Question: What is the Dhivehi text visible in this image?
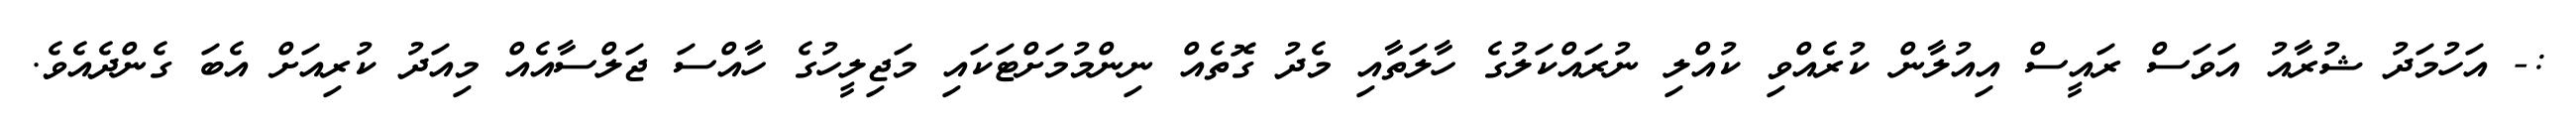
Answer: :- އަހުމަދު ޝުރާއު އަވަސް ރައީސް އިއުލާން ކުރެއްވި ކުއްލި ނުރައްކަލުގެ ހާލަތާއި މެދު ގޮތެއް ނިންމުމަށްޓަކައި މަޖިލީހުގެ ހާއްސަ ޖަލްސާއެއް މިއަދު ކުރިއަށް އެބަ ގެންދެއެވެ.